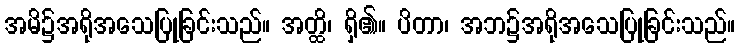
အမိ၌အရိုအသေပြုခြင်းသည်။ အတ္ထိ၊ ရှိ၏။ ပိတာ၊ အဘ၌အရိုအသေပြုခြင်းသည်။